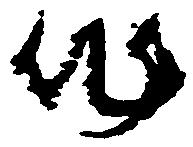
作